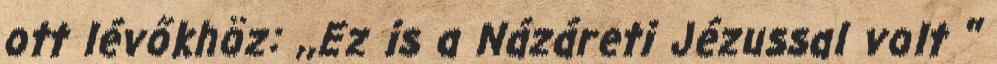
ott lévőkhöz: ,,Ez is a Názáreti Jézussal volt ''